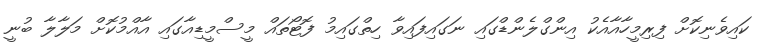
ކައިވެނިކޮށް ފިރިމީހާއާއެކު އިންގްލެންޑްގައި ނަގައިފައިވާ ހިތްގައިމު ފޮޓޯތައް މީސްމީޑިއާގައި އާއްމުކޮށް މަލާލާ ބުނީ